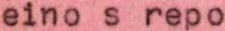
eino s repo